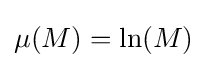
\mu (M)=\ln(M)